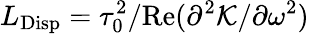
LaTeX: L_{\mathrm{Disp}}=\tau_{0}^{2}/\textrm{Re}(\partial^{2}\mathcal{K}/\partial\omega^{2})